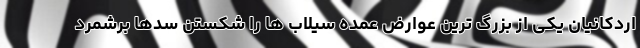
اردکانیان یکی از بزرگ ترین عوارض عمده سیلاب ها را شکستن سدها برشمرد